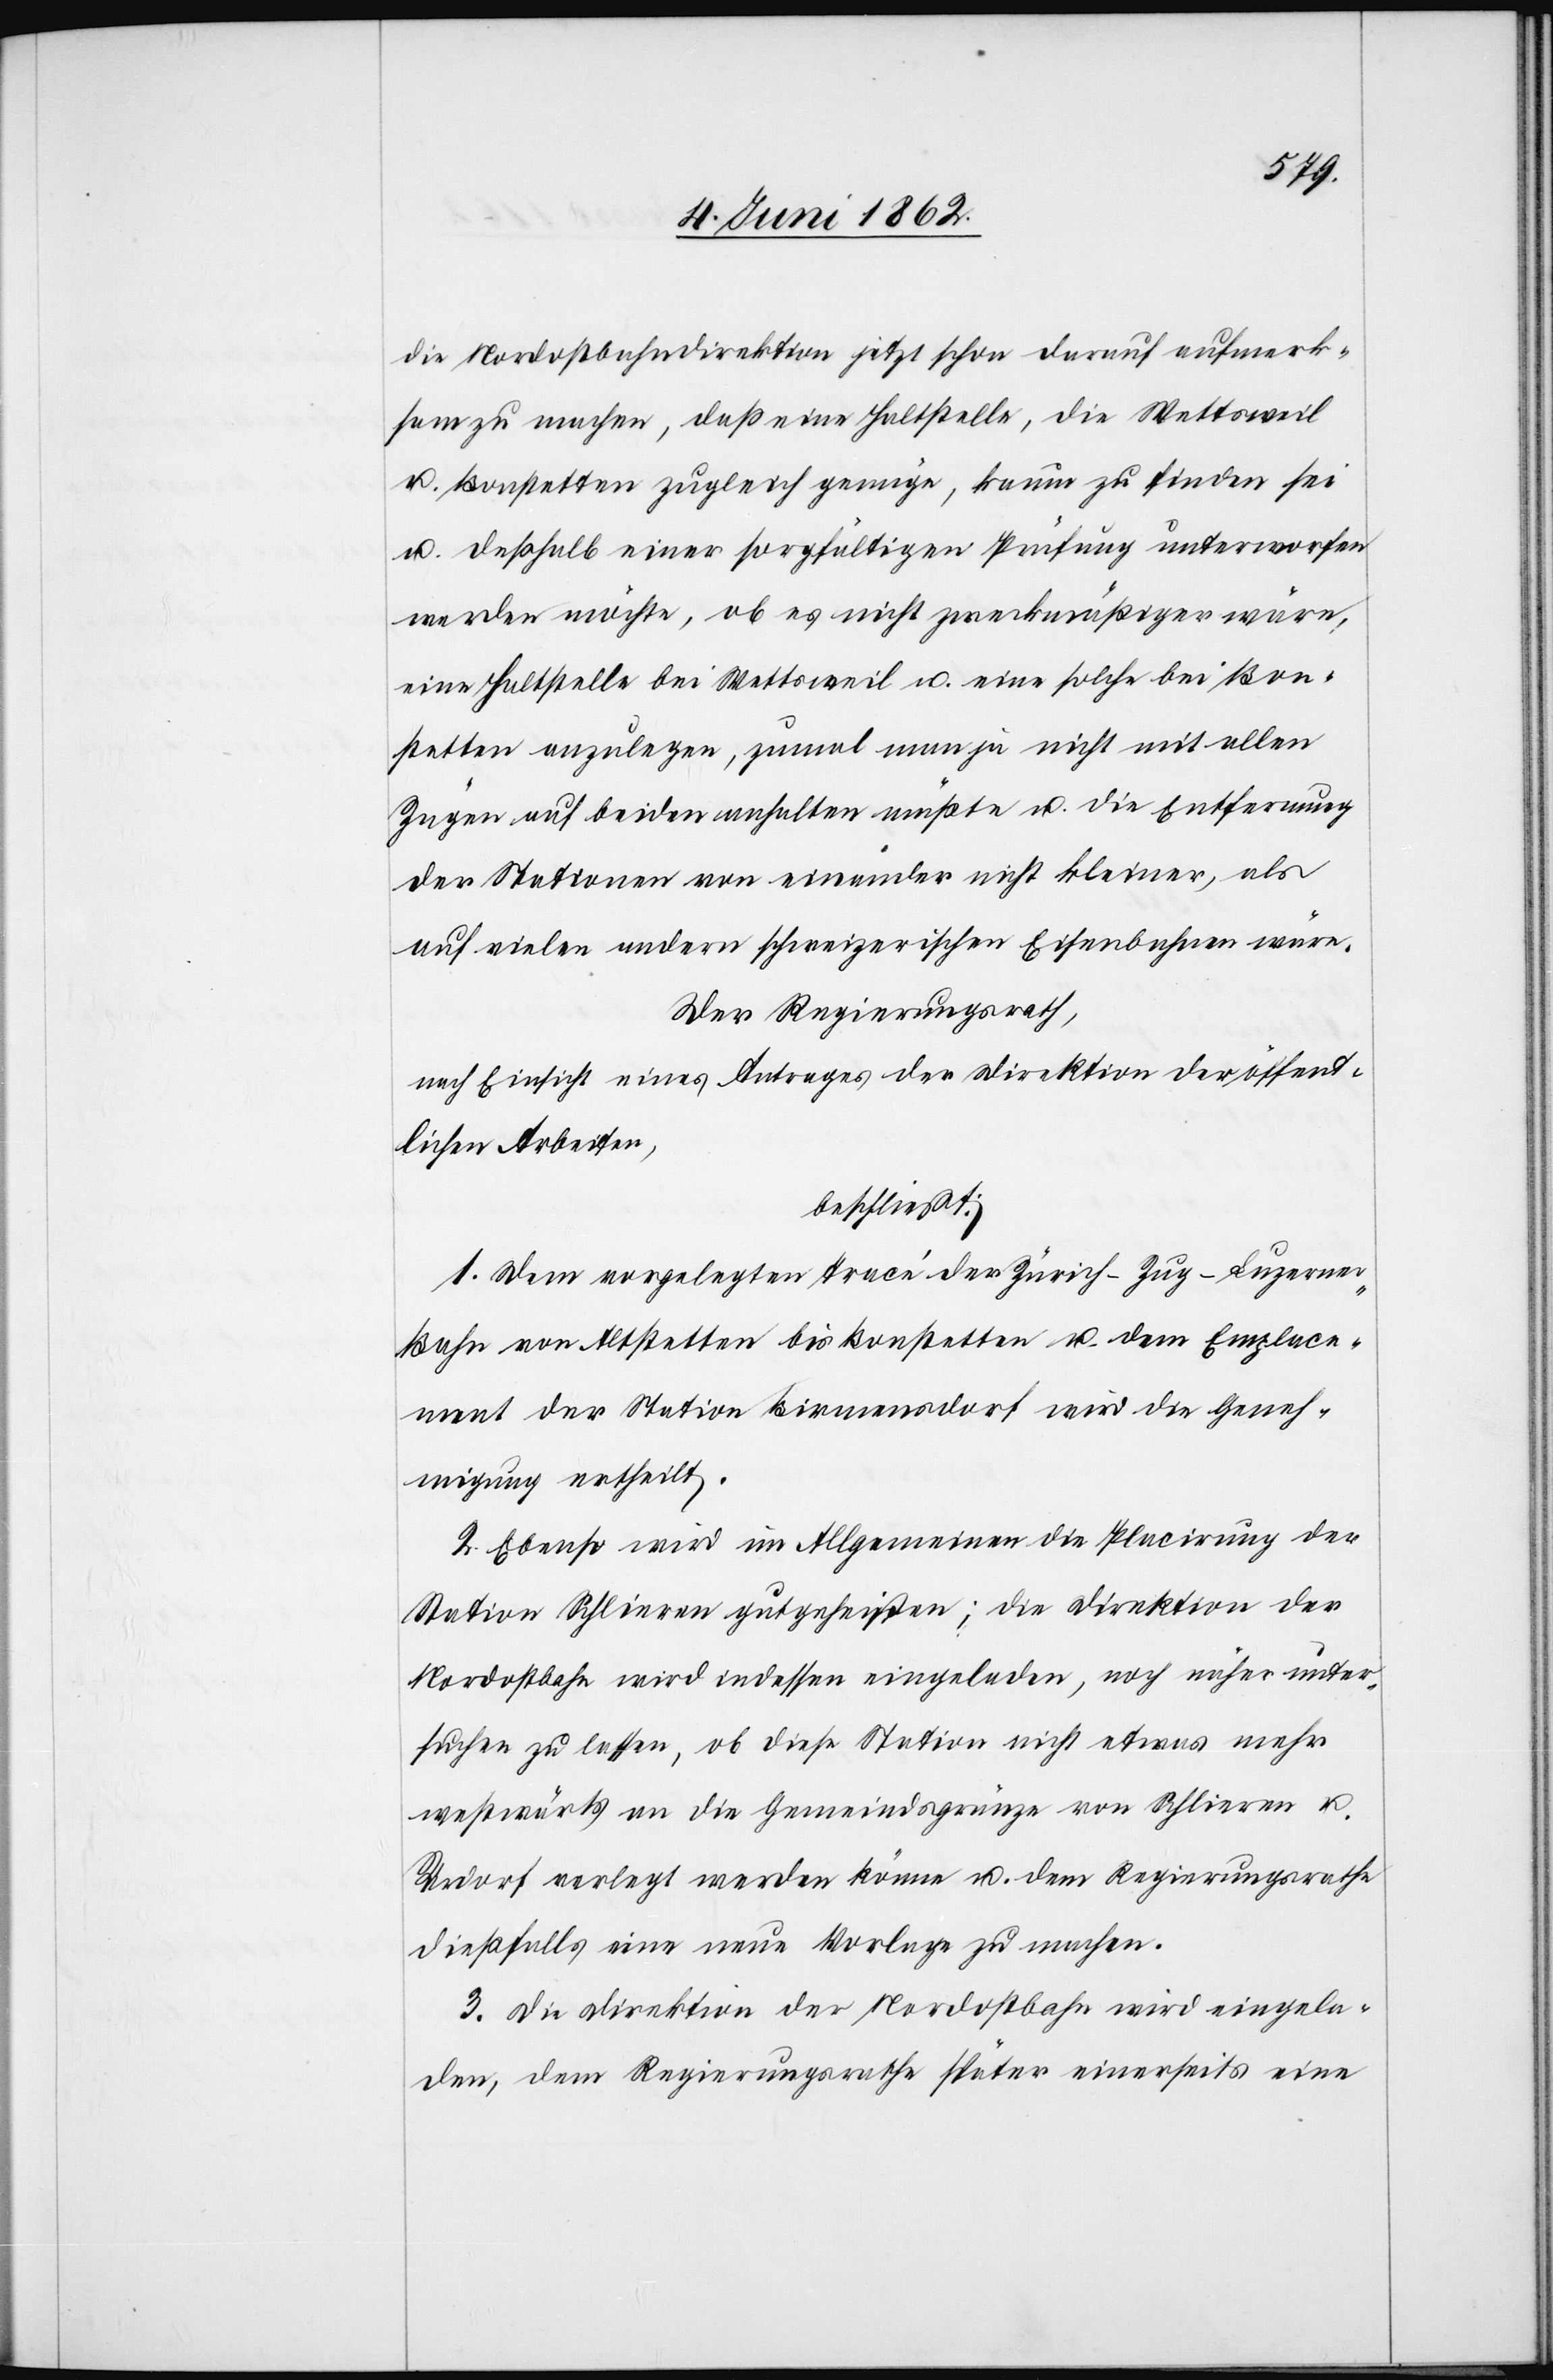
aufmer¬
ksam zu machen, daß einer Haltstelle, die Wettsweil
u. Bonstetten zugleich genüge, kaum zu finden sei
u. deßhalb einer sorgfältigen Prüfung unterworfen
werden möchte, ob es nicht zweckmäßiger wäre,
eine Haltstelle bei Wettsweil u. eine solche bei Bon¬
stetten anzulegen, zumal man ja nicht mit allen
Zügen auf beiden anhalten müßte u. die Entfernung
der Stationen von einander nicht kleiner, als
auf vielen andern schweizerischen Eisenbahnen wäre.
De Regierungsrath,
nach Einsicht eines Antrages der Direktion der öffent¬
lichen Arbeiten,
beschließt:
1. Dem vorgelegten Tracé der Zürich–Zug–Luzerne¬
r-Bahn von Altstetten bis Bonstetten u. dem Emplace¬
ment der Station Birmensdorf wird die Geneh¬
migung ertheilt.
2. Ebenso wird im Allgemeinen die Placirung der
Station Schlieren gutgeheißen; die Direktion der
Nordostbahn wird indessen eingeladen, noch näher unter¬
suchen zu lassen, ob diese Station nicht etwas mehr
westwärts an die Gemeindsgränze von Schlieren u.
Urdorf verlegt werden könne u. dem Regierungsrathe
dießfalls eine neue Vorlage zu machen.
3. Die Direktion der Nordostbahn wird eingela¬
den, dem Regierungsrathe später einerseits eine